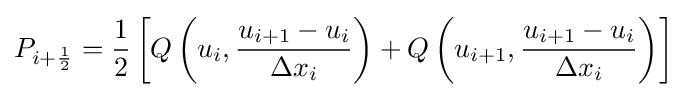
P_{i+{\frac {1}{2}}}={\frac {1}{2}}\left[Q\left(u_{i},{\frac {u_{i+1}-u_{i}}{\Delta x_{i}}}\right)+Q\left(u_{i+1},{\frac {u_{i+1}-u_{i}}{\Delta x_{i}}}\right)\right]